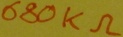
Text: 680KΩ